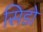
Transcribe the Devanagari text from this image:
सिडो